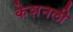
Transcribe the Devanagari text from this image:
केशनली